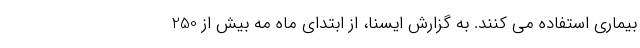
بیماری استفاده می کنند. به گزارش ایسنا، از ابتدای ماه مه بیش از 250